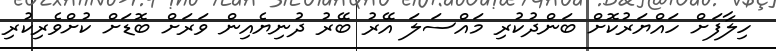
ހިލާފަށް ހައްޔަރުކޮށް ބަންދުކުރި މައްސަލަ އޭރު ބޭރު ދުނިޔެއިން ވަރަށް ބޮޑަށް ކުށްވެރިކުރި